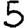
Digit: 5